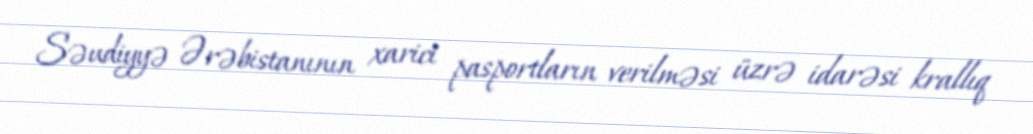
Səudiyyə Ərəbistanının xarici pasportların verilməsi üzrə idarəsi krallıq